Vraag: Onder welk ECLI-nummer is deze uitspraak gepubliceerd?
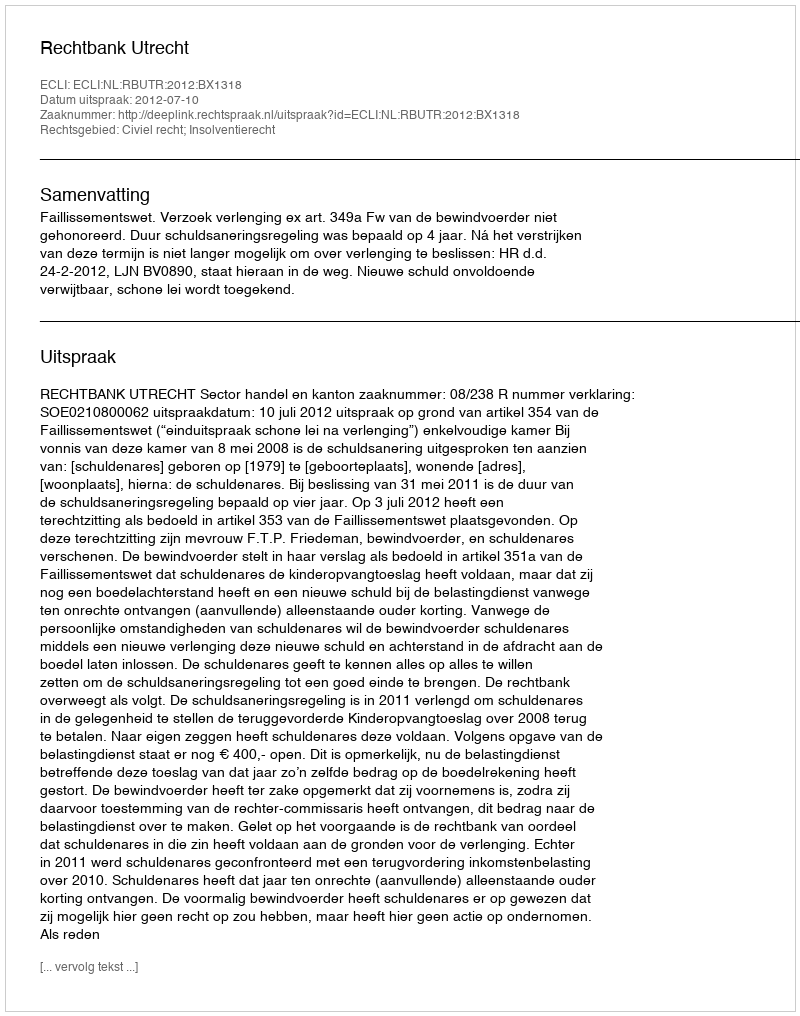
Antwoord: ECLI:NL:RBUTR:2012:BX1318